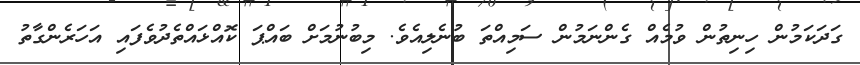
ގަދަކަމުން ހިނިތުން ވުމެއް ގެންނަމުން ސަމިއްތަ ބުނެލިއެވެ. މިބުނުމަށް ބައްޕަ ކޮއްޅައްތެދުވެފައި އަހަރެންގާތު